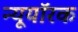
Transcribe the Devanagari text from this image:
न्यूयॉरक